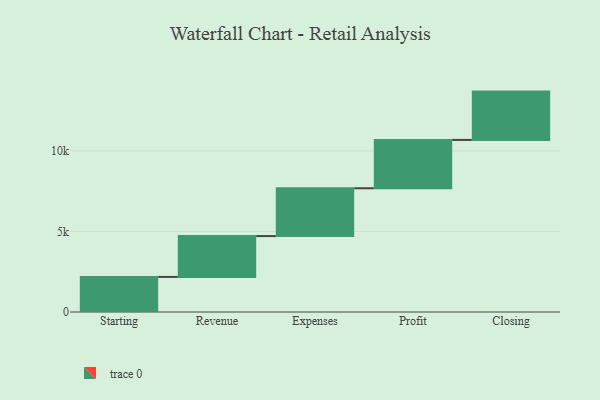
{"axis": {"x": "Step", "y": "Value"}, "legend": [""], "data": [{"x": "Starting", "y": 2178.0, "type": ""}, {"x": "Revenue", "y": 2534.0, "type": ""}, {"x": "Expenses", "y": 2969.0, "type": ""}, {"x": "Profit", "y": 3000, "type": ""}, {"x": "Closing", "y": 3000, "type": ""}]}